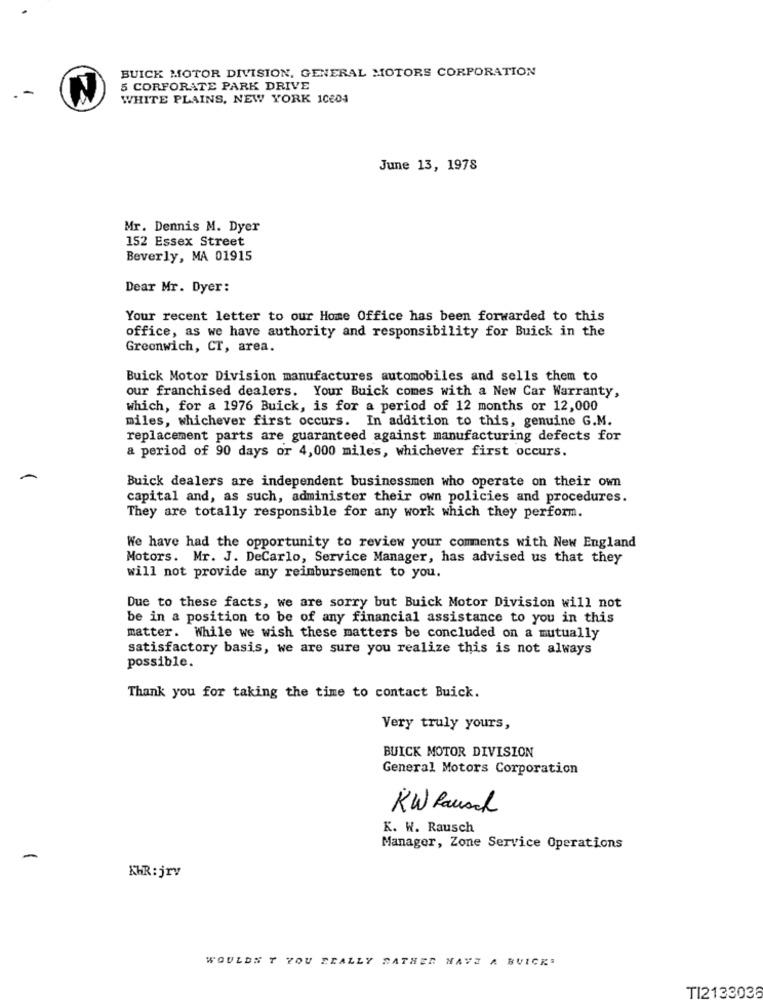
BUICK MOTOR DIVISION, GENERAL MOTORS CORPORATION
5 CORPORATE PARK DRIVE
.-
WHITE PLAINS, NEW YORK 10604
June 13, 1978
Mr. Dennis M. Dyer
152 Essex Street
Beverly, MA 01915
Dear Mr. Dyer:
Your recent letter to our Home Office has been forwarded to this
office, as we have authority and responsibility for Buick in the
Greenwich, CT, area.
Buick Motor Division manufactures automobiles and sells them to
our franchised dealers. Your Buick comes with a New Car Warranty,
which, for a 1976 Buick, is for a period of 12 months or 12,000
miles, whichever first occurs. In addition to this, genuine G.M.
replacement parts are guaranteed against manufacturing defects for
a period of 90 days or 4,000 miles, whichever first occurs.
Buick dealers are independent businessmen who operate on their own
capital and, as such, administer their own policies and procedures.
They are totally responsible for any work which they perform.
We have had the opportunity to review your comments with New England
Motors. Mr. J. DeCarlo, Service Manager, has advised us that they
will not provide any reimbursement to you.
Due to these facts, we are sorry but Buick Motor Division will not
be in a position to be of any financial assistance to you in this
matter. While we wish these matters be concluded on a mutually
satisfactory basis, we are sure you realize this is not always
possible.
Thank you for taking the time to contact Buick.
Very truly yours,
BUICK MOTOR DIVISION
General Motors Corporation
KW Rausch
K. W. Rausch
Manager, Zone Service Operations
KHR: jrv
WOULDS T YOU REALLY RATHER HAVE A BUICK'
TI2133036